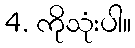
4. ကိုသုံးပါ။